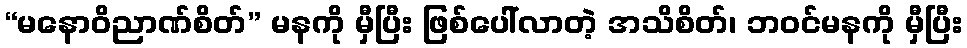
“မနောဝိညာဏ်စိတ်” မနကို မှီပြီး ဖြစ်ပေါ်လာတဲ့ အသိစိတ်၊ ဘဝင်မနကို မှီပြီး